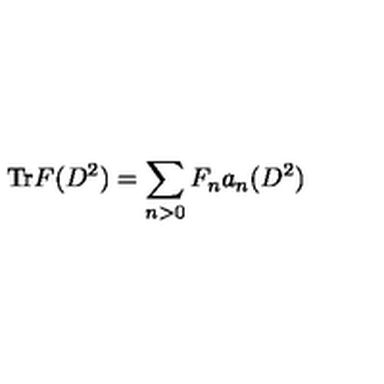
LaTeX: \mathrm { T r } F ( D ^ { 2 } ) = \displaystyle \sum _ { n > 0 } F _ { n } a _ { n } ( D ^ { 2 } )